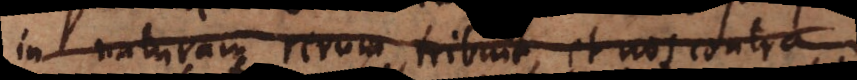
in naturam tribuit, amicitia et nos contra